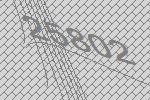
25802